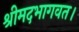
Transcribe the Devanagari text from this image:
श्रीमदभागवत।